Lunatic asylums United Prov. 1922-30 - 1922-1930
Year: 1922
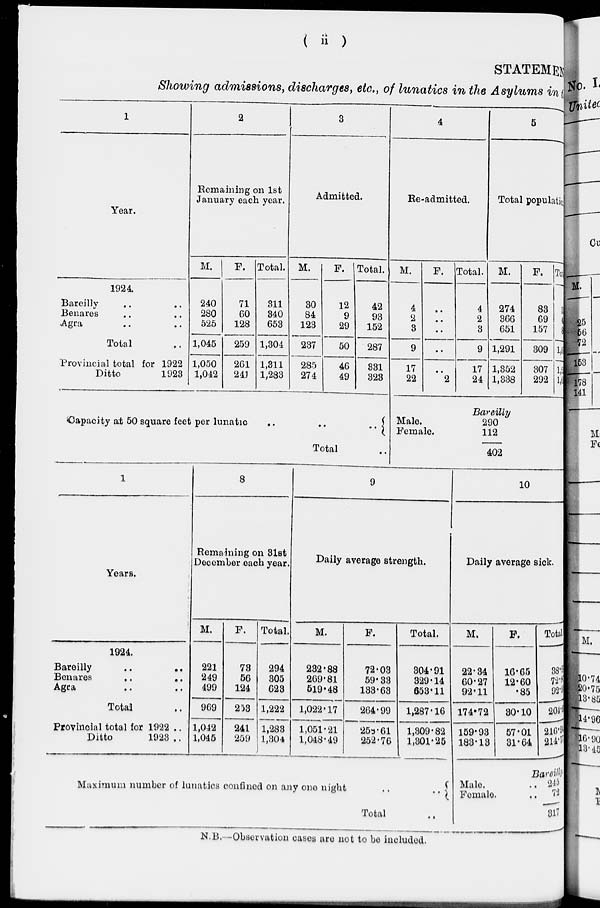
( ii )
STATEMENT
Showing admissions, discharges, etc., of lunatics in the Asylums in the
1
Year.
1924.
Bareilly .. ..
Benares .. ..
Agra .. ..
Total ..
Provincial total for 1922
Ditto
1923
2
Remaining on 1st
January each year.
M.
240
280
525
1,045
1,050
1,042
F.
71
60
128
259
261
241
Total.
311
340
653
1,304
1,311
1,283
3
Admitted.
M.
30
84
123
237
285
274
F.
12
9
29
50
46
49
Total.
42
93
152
287
331
323
Capacity at 50 square feet per lunatic
..
..
..
Total ..
4
Re-admitted.
M.
4
2
3
9
17
22
F.
..
..
..
..
..
2
Total.
4
2
3
9
17
24
5
Total population.
M.
274
366
651
1,291
1,352
1,338
Bareilly
Male.
Female.
290
112
402
F.
83
69
157
309
307
292
Total.
357
435
808
1,600
1,659
1,630
1
Years.
1924.
Bareilly
..
..
Benares
..
..
Agra .. ..
Total .. ..
Provincial total for 1922 ..
Ditto
1923
..
8
Remaining on 31st
December each year.
M.
221
249
499
969
1,042
1,045
F.
73
56
124
253
241
259
Total.
294
305
623
1,222
1,283
1,304
9
Daily average strength.
M.
232.88
269.81
519.48
1,022.17
1,051.21
1,048.49
F.
72.03
59.33
133.63
264.99
258.61
252.76
Total.
304.91
329.14
653.11
1,287.16
1,309.82
1,301.25
Maximum number of lunatics confined on any one night
..
..
Total ..
10
Daily average sick.
M.
22.34
60.27
92.11
174.72
159.93
183.13
F.
16.65
12.60
.85
30.10
57.01
31.64
Total.
38.99
72.87
92.96
204.82
216.94
214.77
Bareilly.
Male. ..
Female ..
245
72
317
N.B.—Observation cases are not to be included.